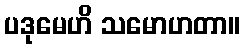
ပဒုမေဟိ သမောဟတာ။